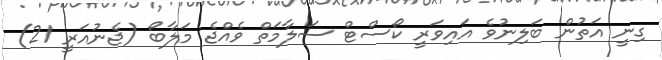
ގިނީ އަތުން ބަލިނުވެ އައިވަރީ ކޯސްޓް ސަލާމަތް ވެއްޖެ މަލާބޯ (ޖެނުއަރީ 21)